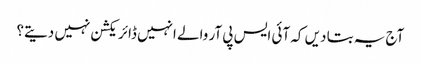
آج یہ بتا دیں کہ آئی ایس پی آر والے انہیں ڈائریکشن نہیں دیتے؟